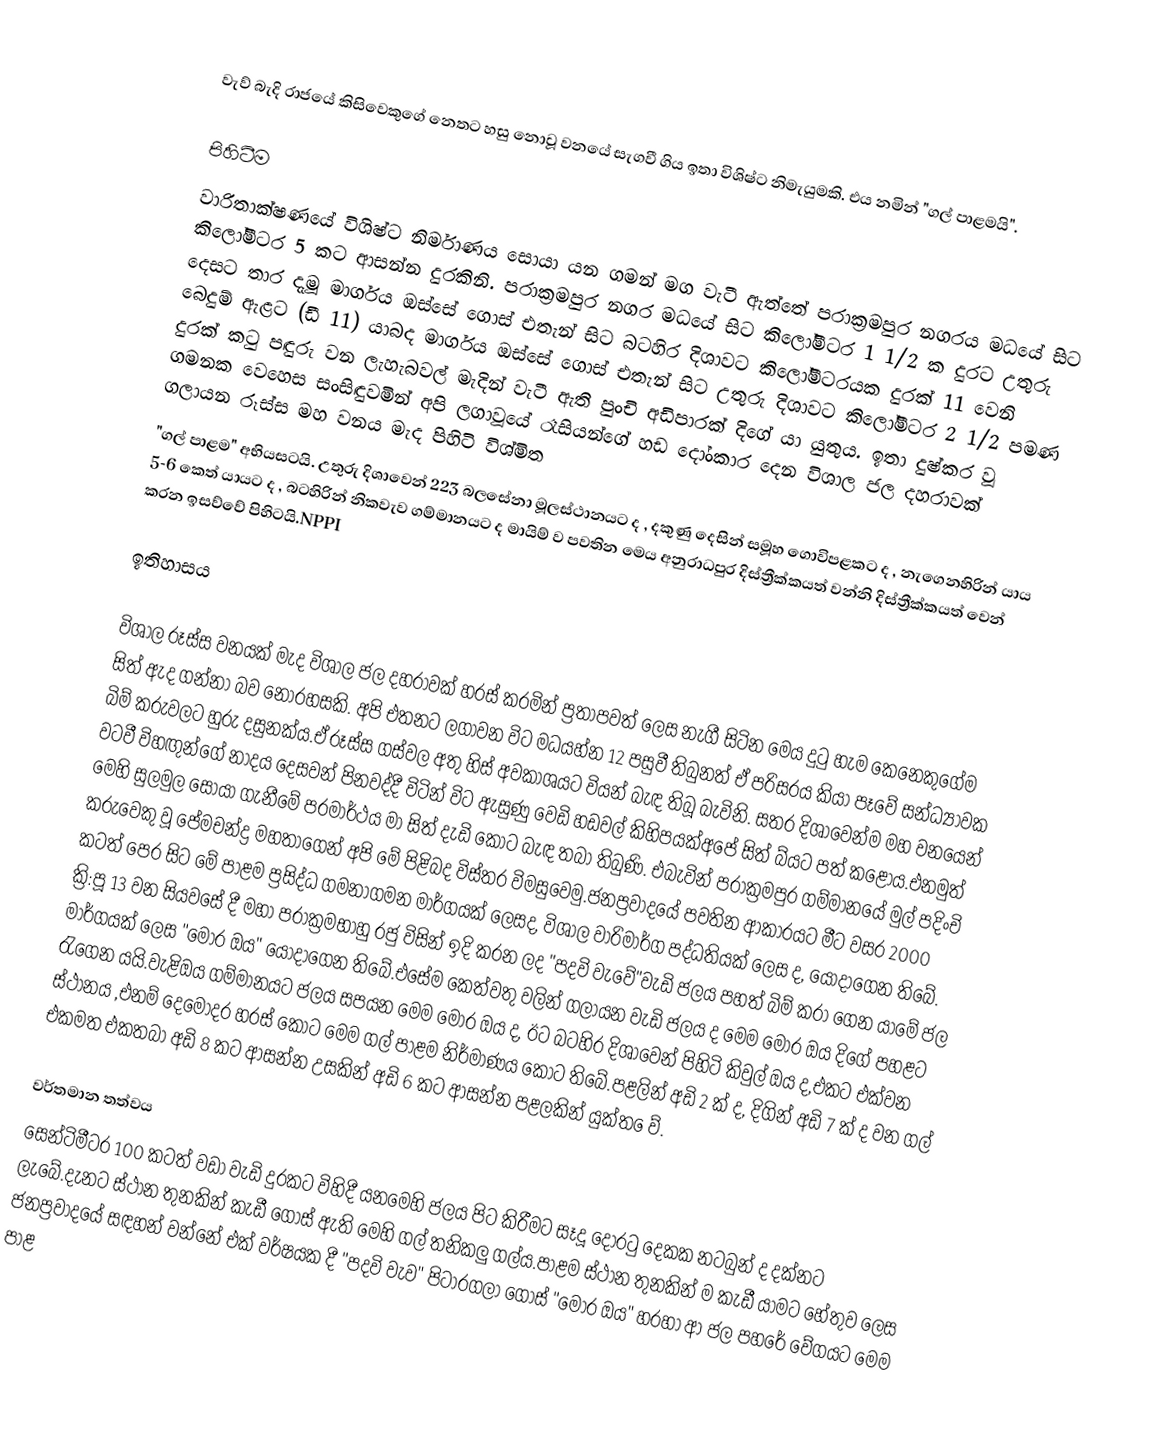
වැව් බැදි රාජයේ කිසිවෙකුගේ නෙතට හසු නොවූ වනයේ සැගවී ගිය ඉතා විශිෂ්ට නිමැයුමකි. එය නමින් "ගල් පාළමයි".

පිහිටීම
වාරිතාක්ෂණයේ විශිෂ්ට නිර්මාණය සොයා යන ගමන් මග වැටී ඇත්තේ පරාක්‍රමපුර නගරය මධයේ සිට කිලෝමීටර 5 කට ආසන්න දුරකිනි. පරාක්‍රමපුර නගර මධයේ සිට කිලෝමීටර 1 1/2 ක දුරට උතුරු දෙසට තාර දැමූ මාර්ගය ඔස්සේ ගොස් එතැන් සිට බටහිර දිශාවට කිලෝමීටරයක දුරක් 11 වෙනි බෙදුම් ඇළට (ඩී 11) යාබද මාර්ගය ඔස්සේ ගොස් එතැන් සිට උතුරු දිශාවට කිලෝමීටර 2 1/2 පමණ දුරක් කටු පඳුරු වන ලැහැබවල් මැදින් වැටී ඇති පුංචි අඩිපාරක් දිගේ යා යුතුය. ඉතා දුෂ්කර වූ ගමනක වෙහෙස සංසිඳුවමින් අපි ලගාවූයේ රෑසියන්ගේ හඩ දෝංකාර දෙන විශාල ජල දහරාවක් ගලායන රූස්ස මහ වනය මැද පිහිටි විශ්මිත
"ගල් පාළම" අභියසටයි. උතුරු දිශාවෙන් 223 බලසේනා මූලස්ථානයට ද , දකුණු දෙසින් සමූහ ගොවිපළකට ද , නැගෙනහිරින් යාය 5-6 කෙත් යායට ද , බටහිරින් නිකවැව ගම්මානයට ද මායිම් ව පවතින මෙය අනුරාධපුර දිස්ත්‍රීක්කයත් වන්නි දිස්ත්‍රීක්කයත් වෙන් කරන ඉසව්වේ පිහිටයි.NPPI

ඉතිහාසය

විශාල රූස්ස වනයක් මැද විශාල ජල දහරාවක් හරස් කරමින් ප්‍රතාපවත් ලෙස නැගී සිටින මෙය දුටු හැම කෙනෙකුගේම සිත් ඇද ගන්නා බව නොරහසකි. අපි එතනට ලගාවන විට මධයහ්න 12 පසුවී තිබුනත් ඒ පරිසරය කියා පෑවේ සන්ධ්‍යාවක බිම් කරුවලට හුරු දසුනක්ය.ඒ රූස්ස ගස්වල අතු හිස් අවකාශයට වියන් බැඳ තිබූ බැවිනි. සතර දිශාවෙන්ම මහ වනයෙන් වටවී විහඟුන්ගේ නාදය දෙසවන් පිනවද්දී විටින් විට ඇසුණු වෙඩි හඩවල් කිහිපයක්අපේ සිත් බ්යට පත් කළෝය.එනමුත් මෙහි සුලමුල සොයා ගැනීමේ පරමාර්ථය මා සිත් දැඩි කොට බැඳ තබා තිබුණි. එබැවින් පරාක්‍රමපුර ගම්මානයේ මුල් පදිංචි කරුවෙකු වූ පේමචන්ද්‍ර මහතාගෙන් අපි මේ පිළිබද විස්තර විමසුවෙමු.ජනප්‍රවාදයේ පවතින ආකාරයට මීට වසර ‍2000 කටත් පෙර සිට මේ පාළම ප්‍රසිද්ධ ගමනාගමන මාර්ගයක් ලෙසද, විශාල වාරිමාර්ග පද්ධතියක් ලෙස ද, යොදාගෙන තිබේ. ක්‍රි:පූ 13 වන සියවසේ දී මහා පරාක්‍රමභාහු රජු විසින් ඉදි කරන ලද "පදවි වැවේ"වැඩි ජලය පහත් බිම් කරා ගෙන යාමේ ජල මාර්ගයක් ලෙස "මොර ඔය" යොදා‍ගෙන තිබේ.එසේම කෙත්වතු වලින් ගලායන වැඩි ජලය ද මෙම මොර ඔය දිගේ පහළට රැගෙන යයි.වැළිඔය ගම්මානයට ජලය සපයන මෙම මොර ඔය ද, ඊට බටහිර දිශාවෙන් පිහිටි කිවුල් ඔය ද,එකට එක්වන ස්ථානය ,එනම් දෙමෝදර හරස් කොට මෙම ගල් පාළම නිර්මාණය කොට තිබේ.පළලින් අඩි 2 ක් ද, දිගින් අඩි 7 ක් ද වන ගල් එකමත  එකතබා අඩි 8 කට ආසන්න උසකින් අඩි 6 කට ආසන්න  පළලකින් යුක්ත ෙව්.

වර්තමාන තත්වය
සෙන්ටිමීටර 100 කටත් වඩා වැඩි දුරකට විහිදී යනමෙහි ජලය පිට කිරීමට සෑදූ දොරටු දෙකක නටබුන් ද දක්නට ලැබේ.දැනට ස්ථාන තුනකින් කැඩී ගොස් ඇති මෙහි ගල් තනිකලු ගල්ය.පාළම ස්ථාන තුනකින් ම කැඩී යාමට හේතුව ලෙස  ජනප්‍රවාදයේ සඳහන් වන්නේ එක් වර්ෂයක දී "පදවි වැව" පිටාරගලා ගොස් "මොර ඔය" හරහා ආ ජල පහරේ වේගයට මෙම  පාළ